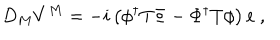
LaTeX: D _ { M } V ^ { M } = - i \left( \phi ^ { \dagger } T \Phi - \Phi ^ { \dagger } T \phi \right) e ~ ,